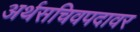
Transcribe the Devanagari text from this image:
अर्थसचिवपदावर